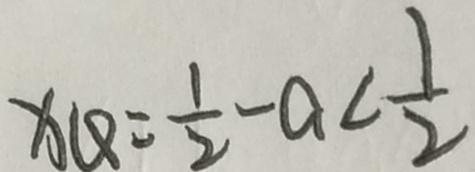
x _ { 4 } = \frac { 1 } { 2 } - a < \frac { 1 } { 2 }